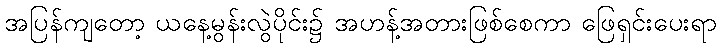
အပြန်ကျတော့ ယနေ့မွန်းလွဲပိုင်း၌ အဟန့်အတားဖြစ်စေကာ ဖြေရှင်းပေးရာ